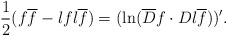
\begin{align*}{1\over 2}(f\overline f-\l {f}{} \l {\overline f}{})=(\ln ( \overline D f\cdot D \l {\overline f}{}))'.\end{align*}